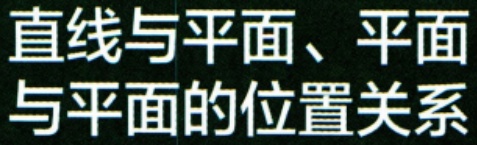
直线与平面、平面与平面的位置关系